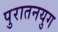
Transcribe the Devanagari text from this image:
पुरातनयुग